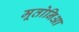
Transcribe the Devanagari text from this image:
मूतोनिआ